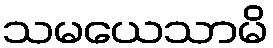
သမယေသာမိ